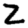
Digit: 2